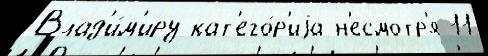
Влад'и́м'иру кат'его́р'иjа н'есмотр'я 11